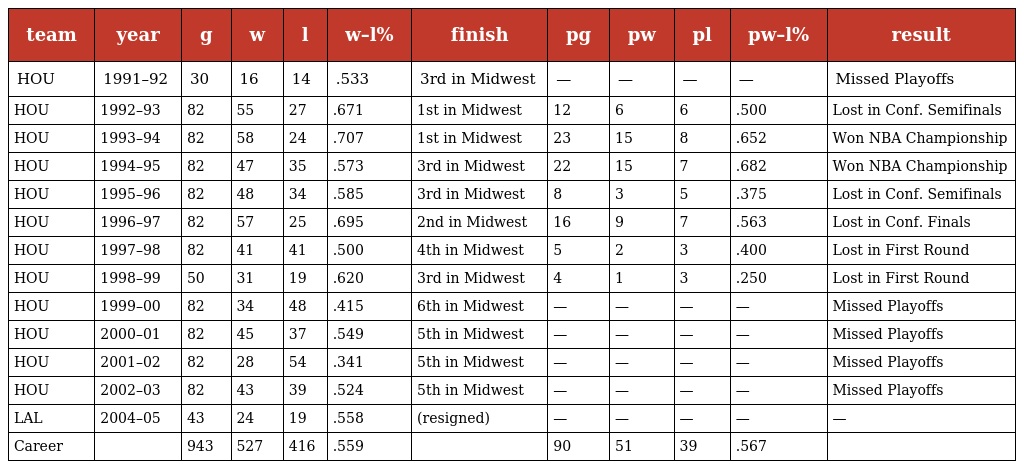
| team | year | g | w | l | w–l% | finish | pg | pw | pl | pw–l% | result |
 | --- | --- | --- | --- | --- | --- | --- | --- | --- | --- | --- | --- |
 | HOU | 1991–92 | 30 | 16 | 14 | .533 | 3rd in Midwest | — | — | — | — | Missed Playoffs |
 | HOU | 1992–93 | 82 | 55 | 27 | .671 | 1st in Midwest | 12 | 6 | 6 | .500 | Lost in Conf. Semifinals |
 | HOU | 1993–94 | 82 | 58 | 24 | .707 | 1st in Midwest | 23 | 15 | 8 | .652 | Won NBA Championship |
 | HOU | 1994–95 | 82 | 47 | 35 | .573 | 3rd in Midwest | 22 | 15 | 7 | .682 | Won NBA Championship |
 | HOU | 1995–96 | 82 | 48 | 34 | .585 | 3rd in Midwest | 8 | 3 | 5 | .375 | Lost in Conf. Semifinals |
 | HOU | 1996–97 | 82 | 57 | 25 | .695 | 2nd in Midwest | 16 | 9 | 7 | .563 | Lost in Conf. Finals |
 | HOU | 1997–98 | 82 | 41 | 41 | .500 | 4th in Midwest | 5 | 2 | 3 | .400 | Lost in First Round |
 | HOU | 1998–99 | 50 | 31 | 19 | .620 | 3rd in Midwest | 4 | 1 | 3 | .250 | Lost in First Round |
 | HOU | 1999–00 | 82 | 34 | 48 | .415 | 6th in Midwest | — | — | — | — | Missed Playoffs |
 | HOU | 2000–01 | 82 | 45 | 37 | .549 | 5th in Midwest | — | — | — | — | Missed Playoffs |
 | HOU | 2001–02 | 82 | 28 | 54 | .341 | 5th in Midwest | — | — | — | — | Missed Playoffs |
 | HOU | 2002–03 | 82 | 43 | 39 | .524 | 5th in Midwest | — | — | — | — | Missed Playoffs |
 | LAL | 2004–05 | 43 | 24 | 19 | .558 | (resigned) | — | — | — | — | — |
 | Career |  | 943 | 527 | 416 | .559 |  | 90 | 51 | 39 | .567 |  |